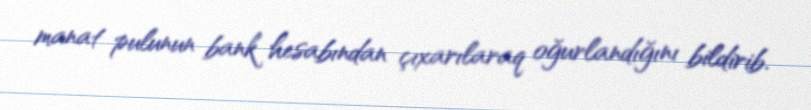
manat pulunun bank hesabından çıxarılaraq oğurlandığını bildirib.